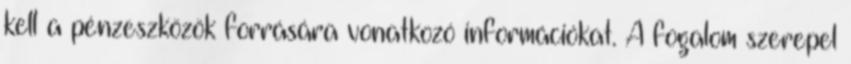
kell a pénzeszközök forrására vonatkozó információkat. A fogalom szerepel